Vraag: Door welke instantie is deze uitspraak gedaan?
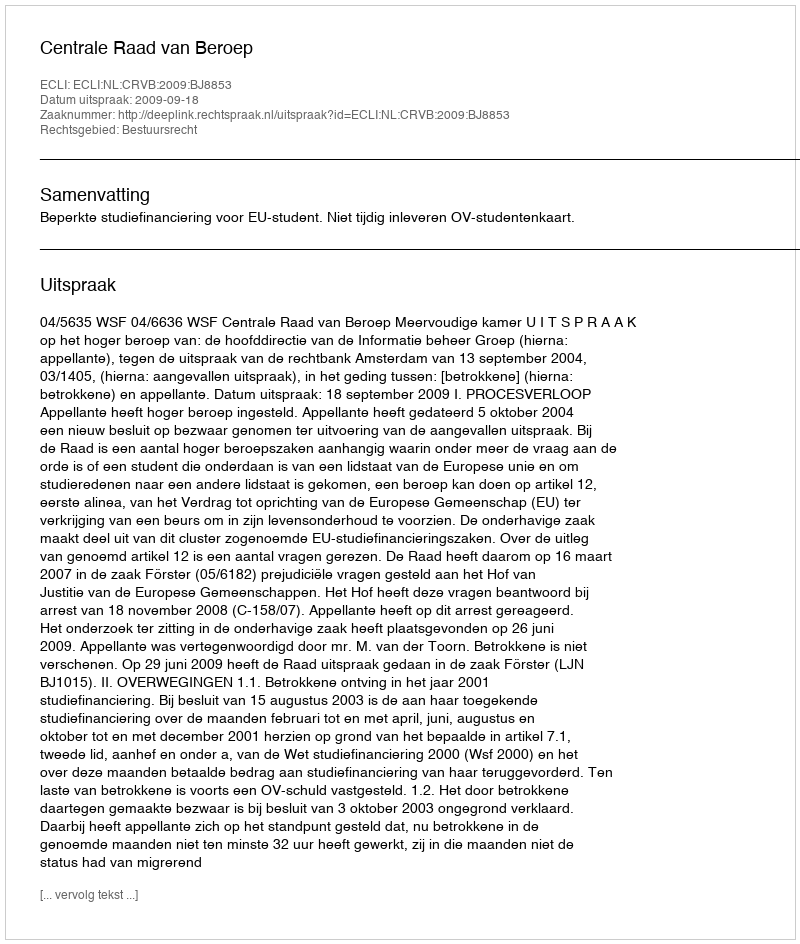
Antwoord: Centrale Raad van Beroep